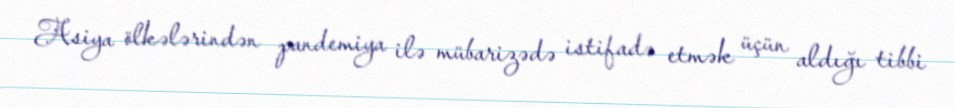
Asiya ölkələrindən pandemiya ilə mübarizədə istifadə etmək üçün aldığı tibbi